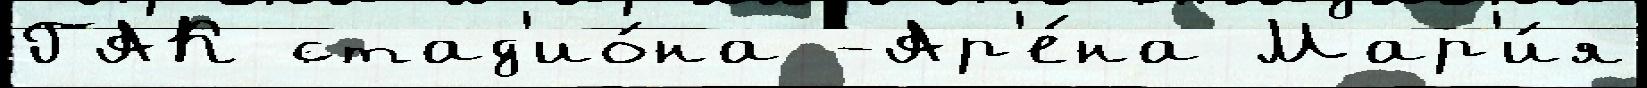
ГАК стад'ио́на -Ар'е́на Мар'и́я